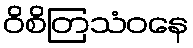
ဝိစိတြသံဝနေ